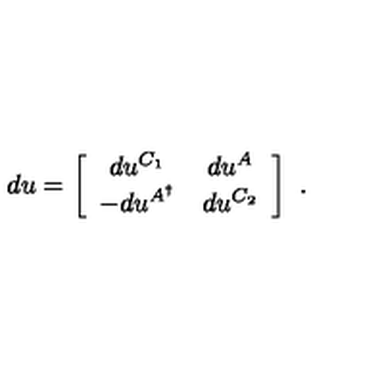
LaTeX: d u = \left[ \begin{array} { c c } { d u ^ { C _ { 1 } } } & { d u ^ { A } } \\ { - d u ^ { A ^ { \dagger } } } & { d u ^ { C _ { 2 } } } \\ \end{array} \right] \ .